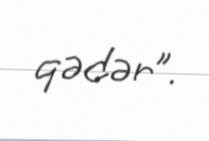
qədər”.